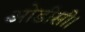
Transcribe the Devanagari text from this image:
ओडीसी।